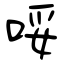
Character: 哸